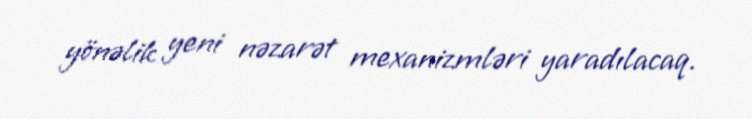
yönəlik yeni nəzarət mexanizmləri yaradılacaq.